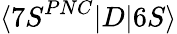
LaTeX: \langle{7S}^{PNC}|D|6S\rangle